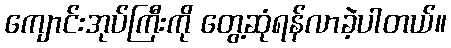
ကျောင်းအုပ်ကြီးကို တွေ့ဆုံရန်လာခဲ့ပါတယ်။